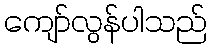
ကျော်လွန်ပါသည်